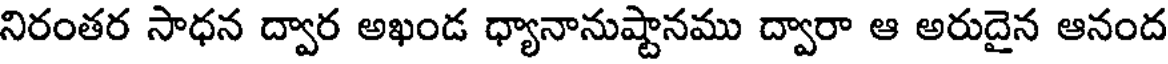
నిరంతర సాధన ద్వార అఖండ ధ్యానానుష్టానము ద్వారా ఆ అరుదైన ఆనంద